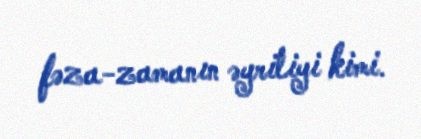
fəza-zamanın əyriliyi kimi.